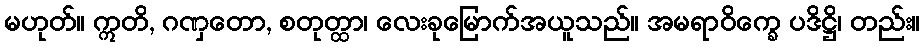
မဟုတ်။ ဣတိ, ဂဏှတော, စတုတ္ထာ၊ လေးခုမြောက်အယူသည်။ အမရာဝိက္ခေ ပဒိဋ္ဌိ၊ တည်း။